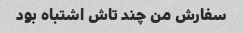
سفارش من چند تاش اشتباه بود